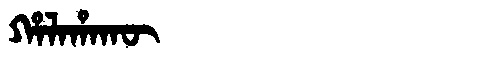
Manchu: ᡥᠠᠯᠠᡥᠠᡴᡡ
Romanization: HALAHAKŪ